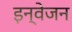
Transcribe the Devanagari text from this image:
इन्वेजन